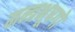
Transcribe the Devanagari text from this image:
मन्त्रभूषगो